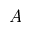
A